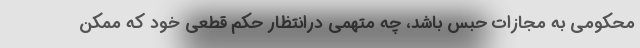
محکومی به مجازات حبس باشد، چه متهمی درانتظار حکم قطعی خود که ممکن